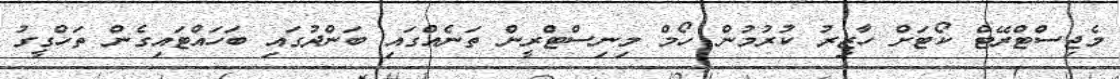
މެޖިސްޓްރޭޓް ކޯޓަށް ހާޒިރު ކުރުމުން ހޯމް މިނިސްޓްރީން ތަނެއްގައި ބަންދުގައި ބަހައްޓައިގެން ތަހްގީގު